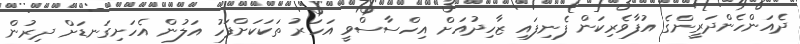
ދެއަންހެންދަރީންގެ އުފާވެރިކަން ފެނިފައި ޒާހިދުއަށް އިހްސާސްވީ އަހަރު ތަކަކަށްފަހު އަލުން އެހަށިގަނޑަށް ދިރުން